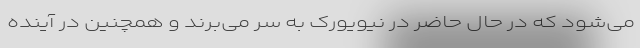
می‌شود که در حال حاضر در نیویورک به سر می‌برند و همچنین در آینده